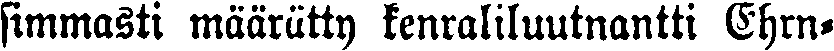
simmasti määrätty kenraliluutnantti Ehrn-